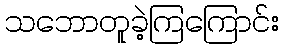
သဘောတူခဲ့ကြကြောင်း